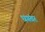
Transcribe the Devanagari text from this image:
धगंवर